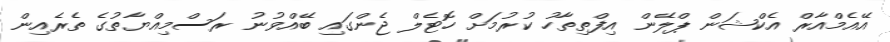
އޭއެމްއާރް އެކްޝަން ޕްލޭން އިފްތިތާހު ކުރުމަށް ހޮޓެލް ޖެންގައި ބޭއްވުނު ރަސްމިއްޔާތުގެ ތެރެއިން